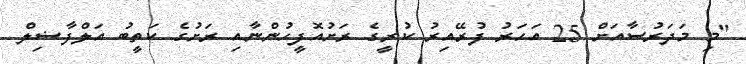
"މި މަދަރުސާއަށް 25 އަހަރު ފުރޭއިރު ކުރީގެ ރަށުއޮފީހުންނާއި ރަށުގެ ކަތީބު އަލްފާޟިލް